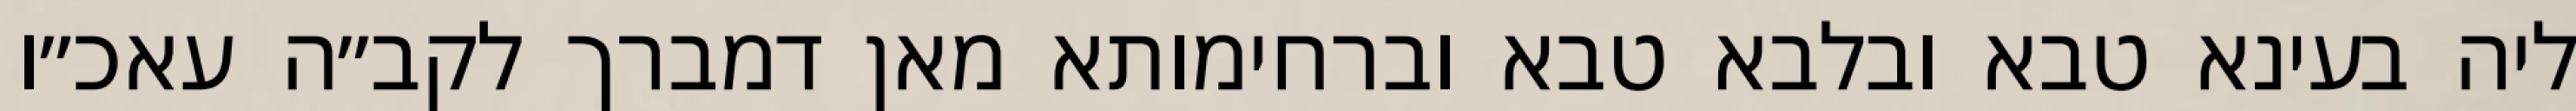
ליה בעינא טבא ובלבא טבא וברחימותא מאן דמברך לקב״ה עאכ״ו